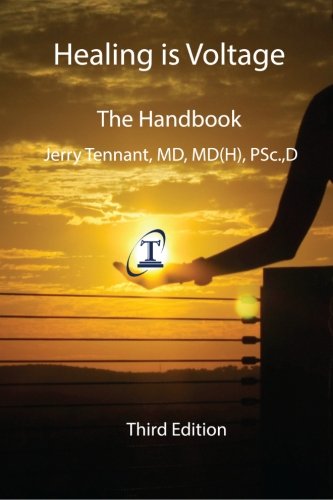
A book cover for Healing is Voltage: The Handbook, 3rd Edition; Jerry L. Tennant; Medical Books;